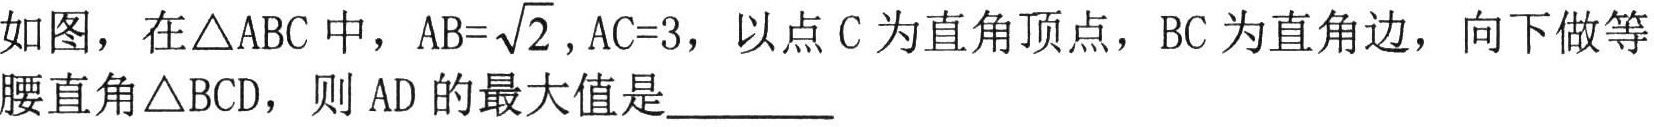
如图，在\(\triangle ABC\)中，\(AB = \sqrt{2}\)，\(AC = 3\)，以点\(C\)为直角顶点，\(BC\)为直角边，向下做等腰直角\(\triangle BCD\)，则\(AD\)的最大值是  ．